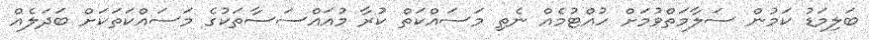
ބަލިމަޑު ކަމުން ސަލާމަތްވުމަށް ހުއްޓުމެއް ނެތި މަސައްކަތް ކުރާ މުއައްސަސާތަކުގެ މަަސައްކަތަކަށް ބަދަލެއް